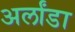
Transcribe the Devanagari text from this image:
अर्लांडा